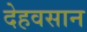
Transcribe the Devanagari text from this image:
देहवसान